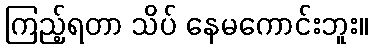
ကြည့်ရတာ သိပ် နေမကောင်းဘူး။